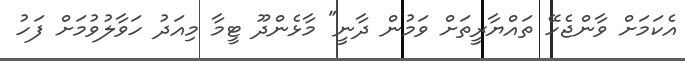
އެކަމަށް ވާންޖެހޭ ތައްޔާރީތަށް ވަމުން ދާނީ" މާޅެންދޫ ޓީމާ މިއަދު ހަވާލުވުމަށް ފަހު